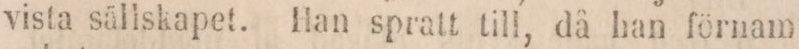
vista sällskapet. Han spratt till, då han förnam